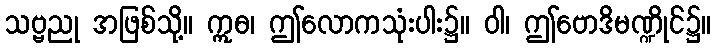
သဗ္ဗညု အဖြစ်သို့။ ဣဓ၊ ဤလောကသုံးပါး၌။ ဝါ၊ ဤဗောဒိမဏ္ဍိုင်၌။